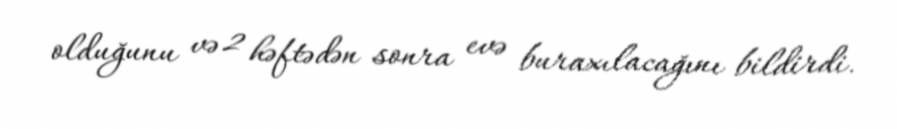
olduğunu və 2 həftədən sonra evə buraxılacağını bildirdi.